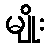
မျိုး